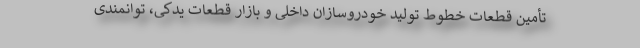
تأمین قطعات خطوط تولید خودروسازان داخلی و بازار قطعات یدكی، توانمندی